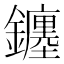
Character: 𨮻